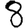
Digit: 8